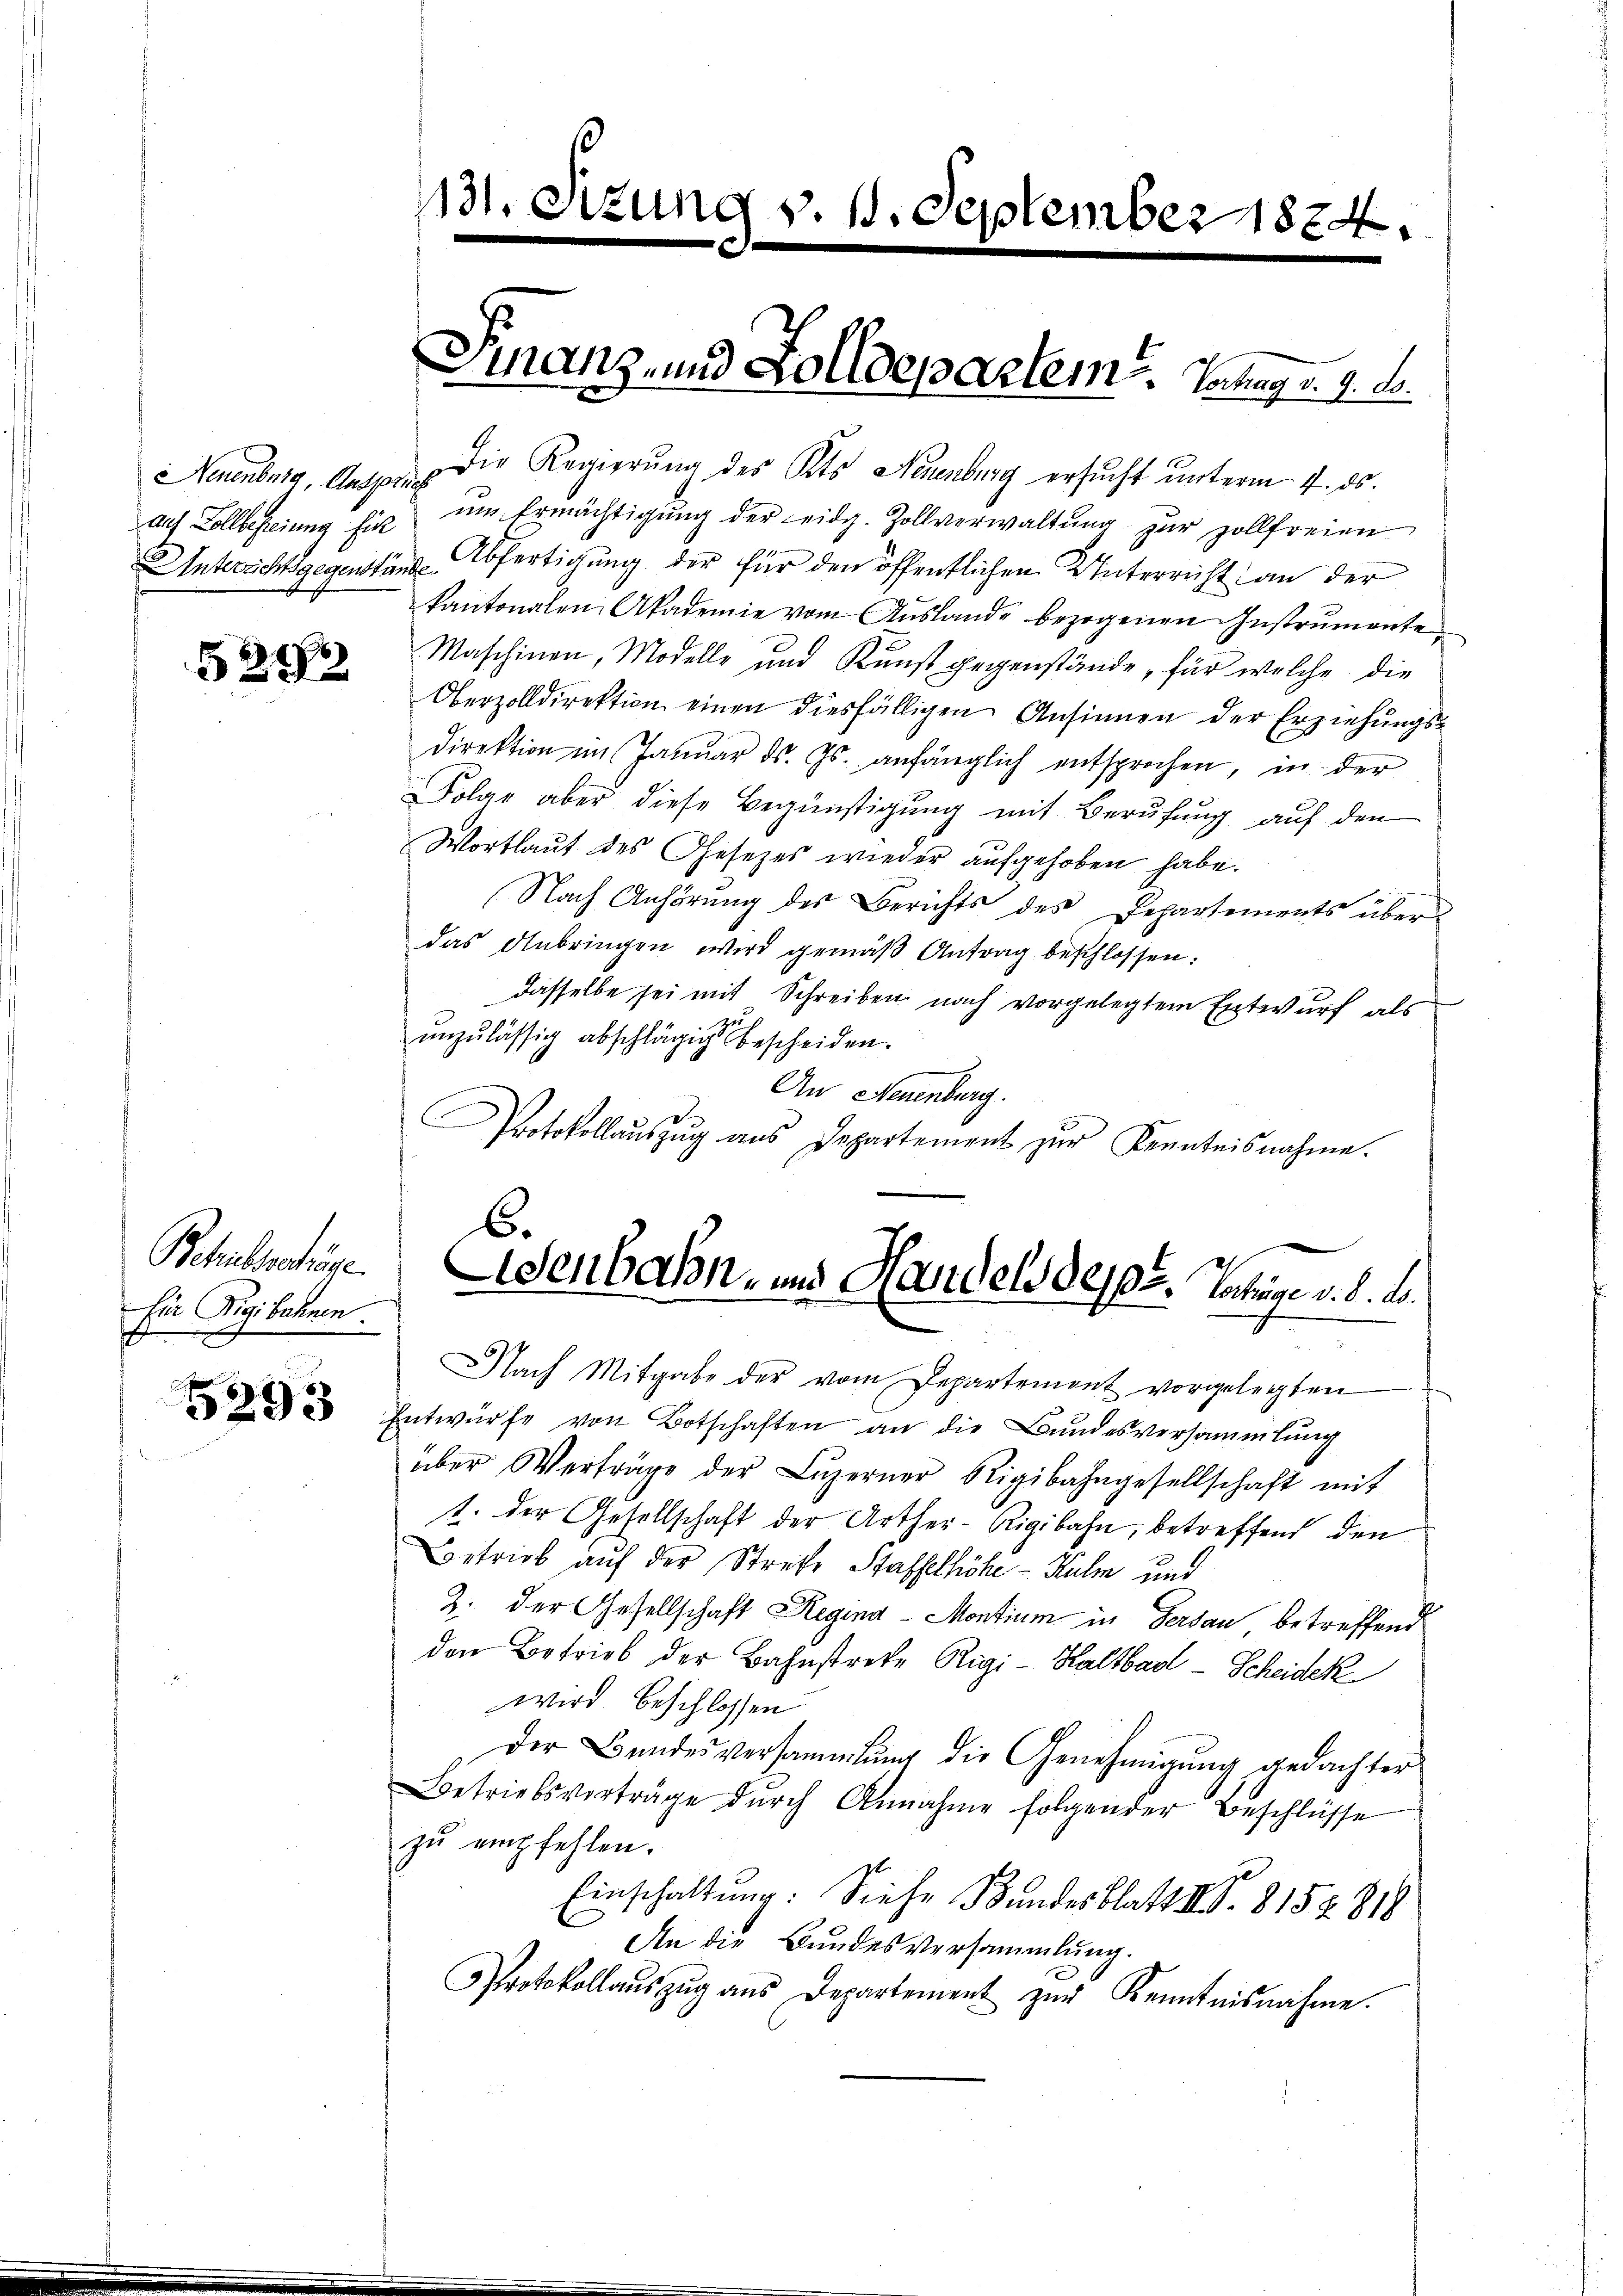
§ 302

Bohlseitige.
fir Rigibahnen.

5393

131. S

Neuenburg, Aus die Regierung des Kts. Neuenburg ersucht unterm 4. ds.
auf Zollbefreiung für um Ermächtigŭng der eidg. Zollverwaltŭng zŭr Zollfreien
Unterricht gegenstung Abfertigung der für den öffentlichen Unterricht an der
kantonalen Akademie vom Aŭslande bezogenen Instrumente
Maschinen, Modelle und Kunst gegenstände, für welche die
Oberzolldirektion einen diesfälligen Ansinnen der Erziehungsdirektion im Januar ds. Js. anfänglich entsprochen, in der
Folge aber diese Begünstigung mit Berufung auf den
Wortlaut des Gesetzes wieder aufgehoben habe.
Nach Anhörung des Berichts des Departements über
das Anbringen wird gemäβ Antrag beschlossen,
dasselbe sei mit Schreiben nach vorgelegtem Entwurf, als
unzulässig abschlägig bescheiden.
An Neuenburg.
rotokollaŭszŭg ans Departement zŭr Kenntnisnahme.

tung v. 11. September 1824.

Finanz- und Zolldepartem Intrag v. 9. d.

Nach Mitgabe der vom Departement vorgelegten
Entwürfe von Botschaften an die Bundesversammlung
über Verträge der Lŭzerner Rigibahngesellschaft mit
t. der Gesellschaft der Arther-Rigibahn, betreffend den
Betrieb auf der Strebe Stafselhöhe - Kulm und
2. Der Gesellschaft Regina - Montium in Gersau betreffend
den Betrieb der Bahnstreke Rigi-Kaltbar - Scheidek
wird beschlossen
Der Bundesversammlung die Genehmigung gedachter
Betriebsvertrage durch Annahme folgender Beschlüsse
zŭ empfehlen.
Einschaltung: Siehe Bundesblatt II S. 815 § 818
An die Bundesversammlung.
Protokollaŭszŭg aŭs Departement zŭr Kenntnisnahme.

6.
Adenbahn- und Handels deper. Vortrage v. 8. b.